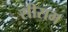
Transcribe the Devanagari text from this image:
सीराम